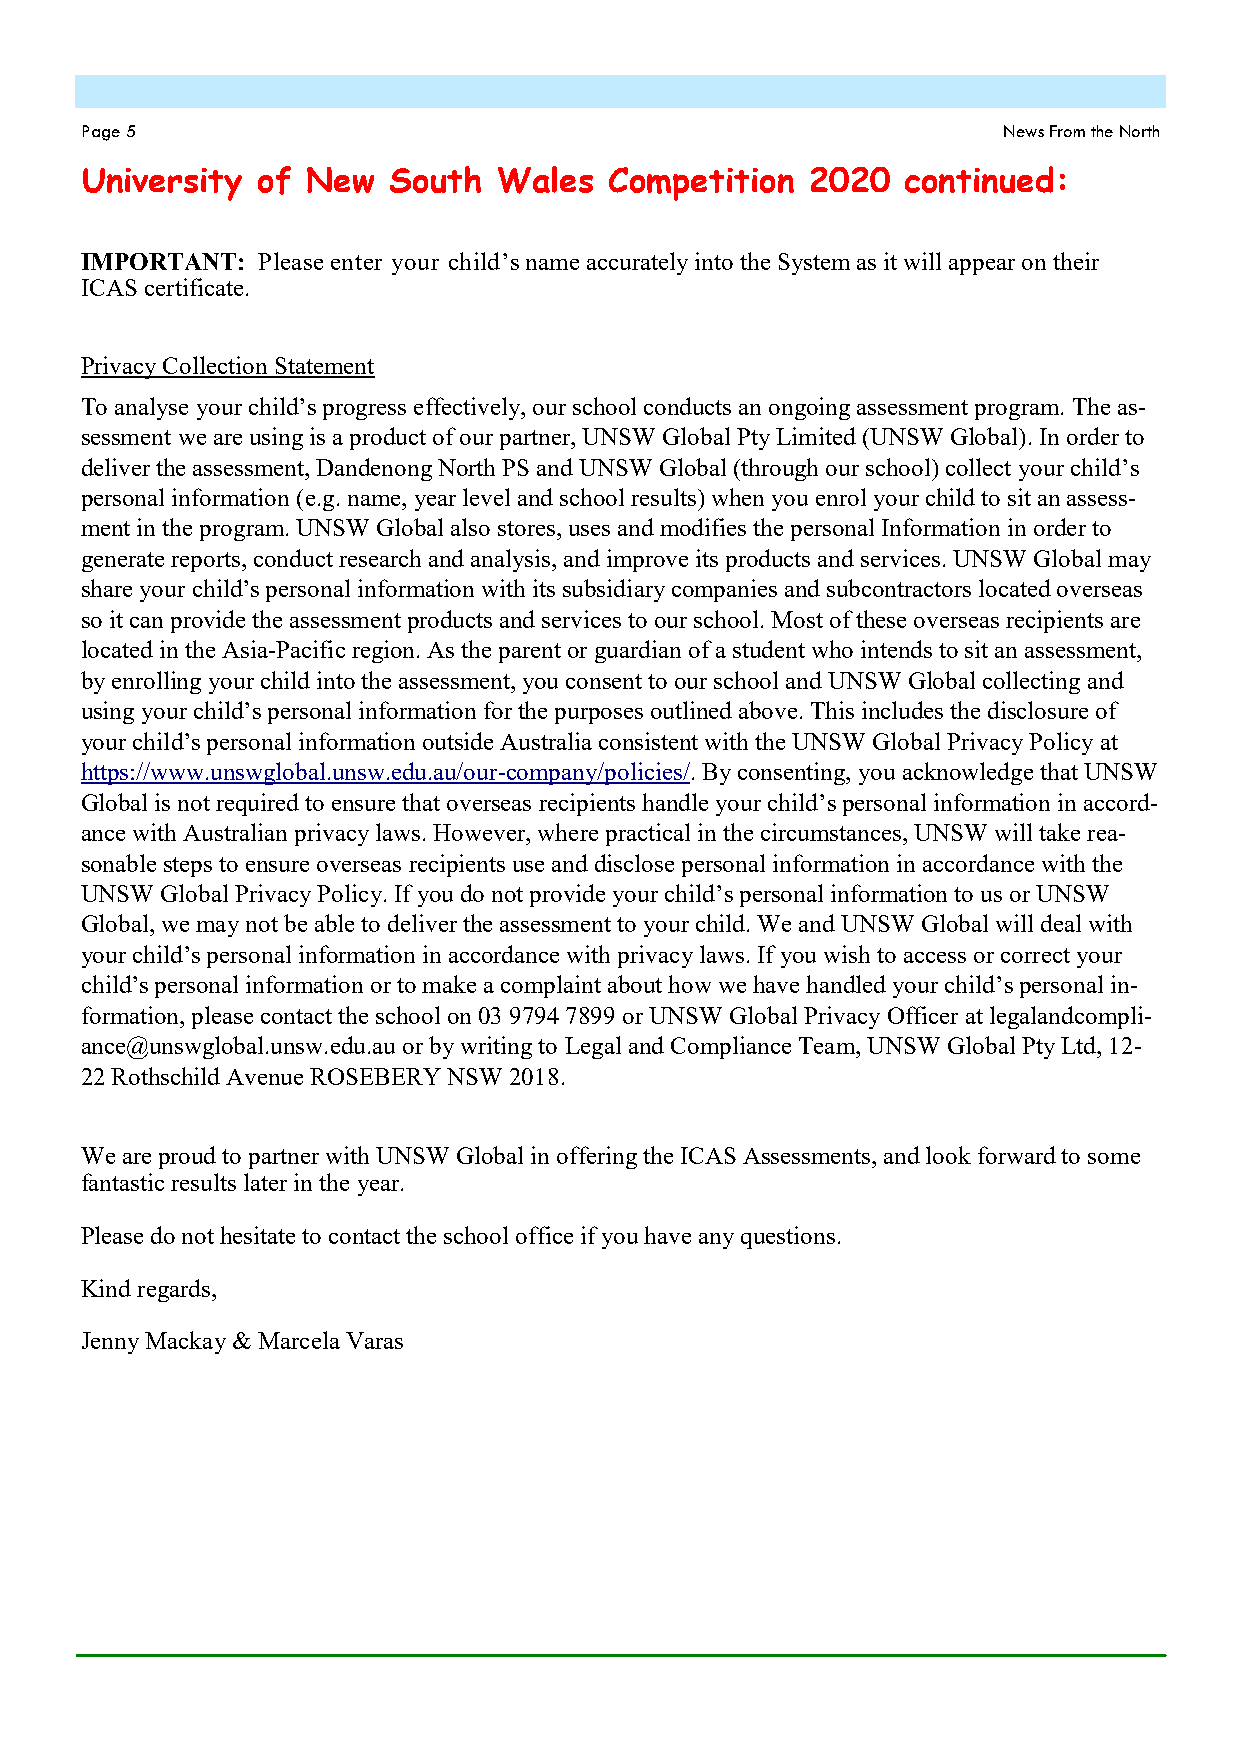
Page 5                                                       News From the North
 University  of New   South  Wales  Competition   2020  continued:
 IMPORTANT:  Please enter your child’s name accurately into the System as it will appear on their
 ICAS certificate.
 Privacy Collection Statement
 To analyse your child’s progress effectively, our school conducts an ongoing assessment program. The as-
 sessment we are using is a product of our partner, UNSW Global Pty Limited (UNSW Global). In order to
 deliver the assessment, Dandenong North PS and UNSW Global (through our school) collect your child’s
 personal information (e.g. name, year level and school results) when you enrol your child to sit an assess-
 ment in the program. UNSW Global also stores, uses and modifies the personal Information in order to
 generate reports, conduct research and analysis, and improve its products and services. UNSW Global may
 share your child’s personal information with its subsidiary companies and subcontractors located overseas
 so it can provide the assessment products and services to our school. Most of these overseas recipients are
 located in the Asia-Pacific region. As the parent or guardian of a student who intends to sit an assessment,
 by enrolling your child into the assessment, you consent to our school and UNSW Global collecting and
 using your child’s personal information for the purposes outlined above. This includes the disclosure of
 your child’s personal information outside Australia consistent with the UNSW Global Privacy Policy at
 https://www.unswglobal.unsw.edu.au/our-company/policies/. By consenting, you acknowledge that UNSW
 Global is not required to ensure that overseas recipients handle your child’s personal information in accord-
 ance with Australian privacy laws. However, where practical in the circumstances, UNSW will take rea-
 sonable steps to ensure overseas recipients use and disclose personal information in accordance with the
 UNSW  Global Privacy Policy. If you do not provide your child’s personal information to us or UNSW
 Global, we may not be able to deliver the assessment to your child. We and UNSW Global will deal with
 your child’s personal information in accordance with privacy laws. If you wish to access or correct your
 child’s personal information or to make a complaint about how we have handled your child’s personal in-
 formation, please contact the school on 03 9794 7899 or UNSW Global Privacy Officer at legalandcompli-
 ance@unswglobal.unsw.edu.au or by writing to Legal and Compliance Team, UNSW Global Pty Ltd, 12-
 22 Rothschild Avenue ROSEBERY NSW 2018.
 We are proud to partner with UNSW Global in offering the ICAS Assessments, and look forward to some
 fantastic results later in the year.
 Please do not hesitate to contact the school office if you have any questions.
 Kind regards,
 Jenny Mackay & Marcela Varas